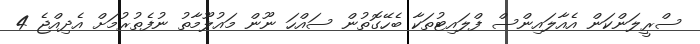
ސްރީލަންކަން އެއާލައިންސް ފްލައިޓުތަކާ ބެހޭގޮތުން ސައްހަ ނޫން މައުލޫމާތު ނުފެތުރުމަށް އެދިއްޖެ 4